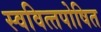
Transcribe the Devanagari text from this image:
स्‍ववित्‍तपोषित